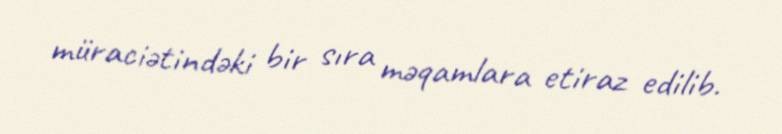
müraciətindəki bir sıra məqamlara etiraz edilib.